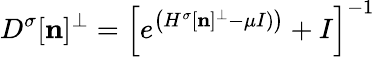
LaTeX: \begin{array}{l}{{\displaystyle{D^{\sigma}}[{\mathbf n}]^{\perp}=\left[e^{\left({H^{\sigma}}[{\mathbf n}]^{\perp}-\mu I)\right)}+I\right]^{-1}}}\end{array}